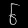
Digit: ၆